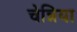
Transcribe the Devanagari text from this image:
चेन्निया